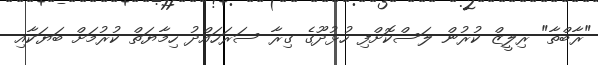
"ރާބްތާ" ރިލީޒް ކުރުން ލަސްކޮށްފި ހުޅުދޫގެ ގިރާ ސަރަހައްދު ހިމާޔަތް ކުރުމަށް ބަޔަކާއި